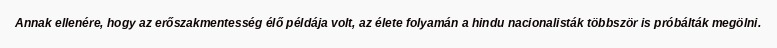
Annak ellenére, hogy az erőszakmentesség élő példája volt, az élete folyamán a hindu nacionalisták többször is próbálták megölni.